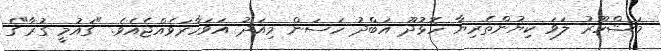
މަޝްހޫރު ލަވަ ކިޔުންތެރިޔާ ހޮޅުދޫ އަބްދު ހަސަން މިއަދު އަވަހާރަވެއްޖެއެވެ. "ގައުމީ ގުރާ"ގެ